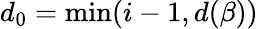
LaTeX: d_{0}=\operatorname*{min}(i-1,d(\beta))